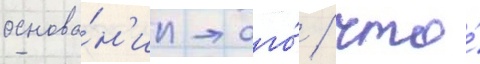
основа́н'ии того́ / что́